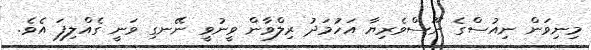
މިނިވަން ނިއުސްގެ ނޫސްވެރިޔާ އަހުމަދު ރިލްވާން ވީނުވީ ނޭނގި ވަނީ ގެއްލިފަ އެވެ.